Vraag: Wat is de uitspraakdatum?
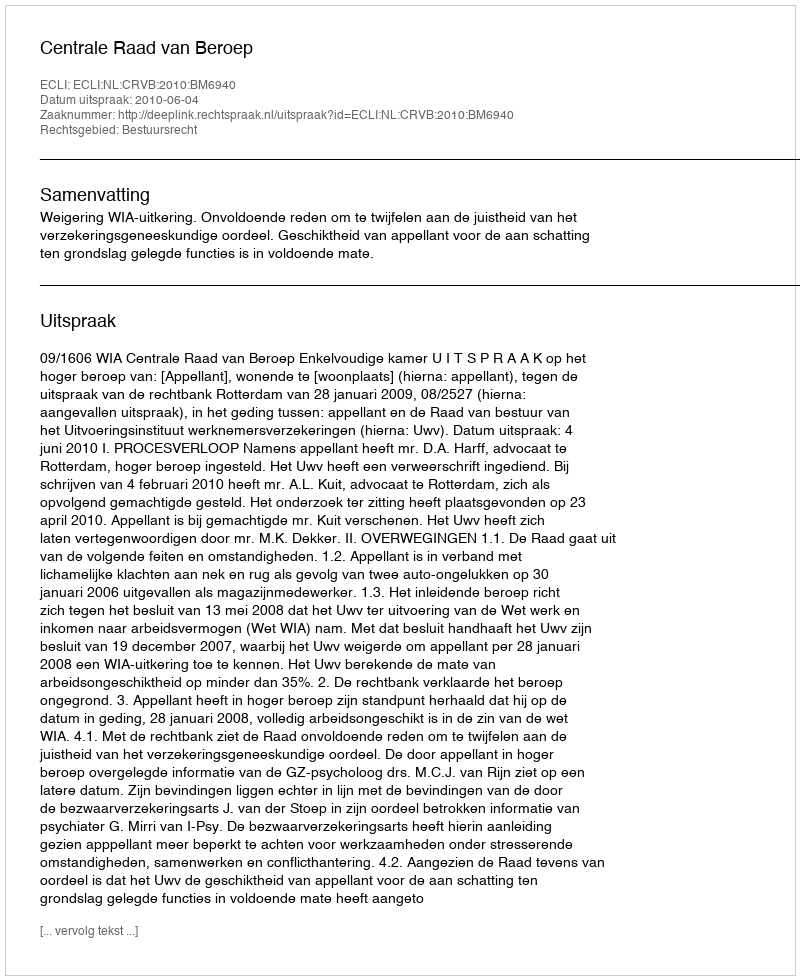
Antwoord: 2010-06-04